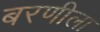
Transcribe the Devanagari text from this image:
बरणीला